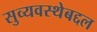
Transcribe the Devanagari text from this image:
सुव्यवस्थेबद्दल